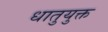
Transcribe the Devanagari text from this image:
धातुयुक्त